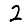
Digit: 2